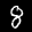
Label: 8